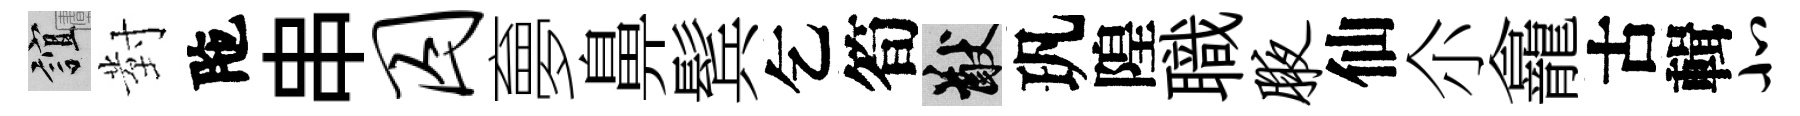
誼對陁串囚夣鼻鬂乞筍猷㺬隍職腋仙尒龕古輯北